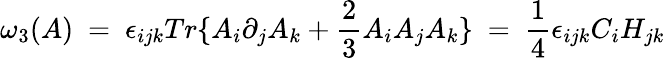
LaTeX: \omega_{3}(A)\ =\ \epsilon_{ijk}Tr\{ A_{i}\partial_{j}A_{k}+\frac{2}{3}A_{i}A_{j}A_{k}\} \ =\ \frac{1}{4}\epsilon_{ijk}C_{i}H_{jk}